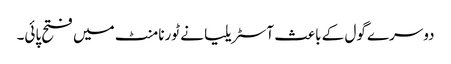
دوسرے گول کے باعث آسٹریلیا نے ٹورنامنٹ میں فتح پائی۔